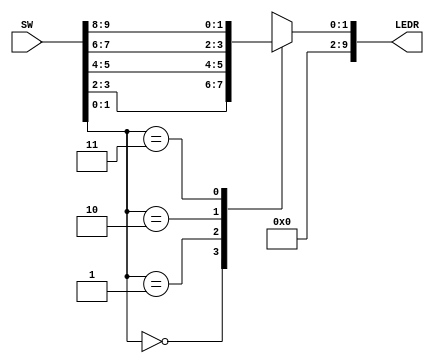

//=======================================================
//  This code is generated by Terasic System Builder
//=======================================================

module exp01(

	//////////// SW //////////
	input 		     [9:0]		SW,

	//////////// LED //////////
	output		     [9:0]		LEDR
);



//=======================================================
//  REG/WIRE declarations
//=======================================================
reg [1:0] O;
always @ (*) begin
	case(SW[1:0])
		0 : O = SW[3:2];
		1 : O = SW[5:4];
		2 : O = SW[7:6];
		3 : O = SW[9:8];
		default: O = 0;
	endcase

end

assign LEDR[1:0] = O;
assign LEDR[9:2] = 8'b00000000;

//=======================================================
//  Structural coding
//=======================================================



endmodule